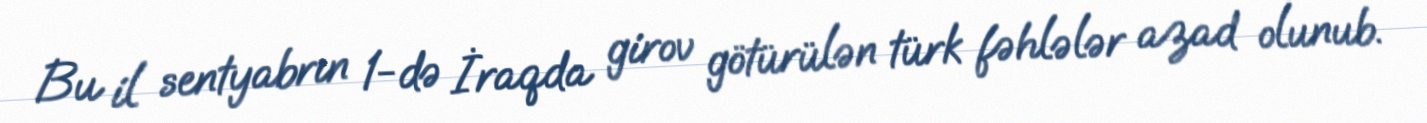
Bu il sentyabrın 1-də İraqda girov götürülən türk fəhlələr azad olunub.